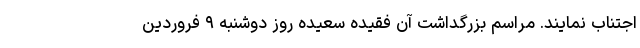
اجتناب نمایند. مراسم بزرگداشت آن فقیده سعیده روز دوشنبه ۹ فروردین